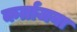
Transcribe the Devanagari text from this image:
कर्ताजना